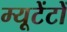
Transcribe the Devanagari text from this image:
म्यूटेंटों